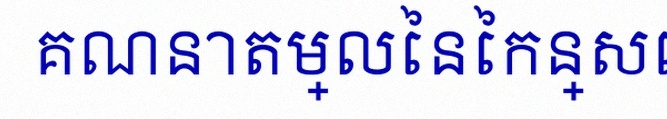
គណនាតម្លៃនៃកន្សោម